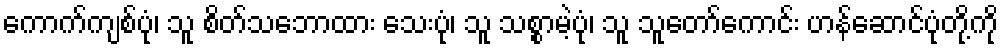
ကောက်ကျစ်ပုံ၊ သူ စိတ်သဘောထား သေးပုံ၊ သူ သစ္စာမဲ့ပုံ၊ သူ သူတော်ကောင်း ဟန်ဆောင်ပုံတို့ကို